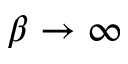
\beta \rightarrow \infty